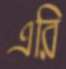
এরি